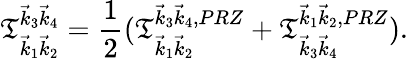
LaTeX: \mathfrak{T}_{\vec{{k}}_{1}\vec{{k}}_{2}}^{\vec{{k}}_{3}\vec{{k}}_{4}}=\frac{{1}}{{2}}(\mathfrak{T}_{\vec{{k}}_{1}\vec{{k}}_{2}}^{\vec{{k}}_{3}\vec{{k}}_{4},{PRZ}}+\mathfrak{T}_{\vec{{k}}_{3}\vec{{k}}_{4}}^{\vec{{k}}_{1}\vec{{k}}_{2},{PRZ}}).